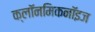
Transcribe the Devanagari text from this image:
क्लॉनमिकनॉइज